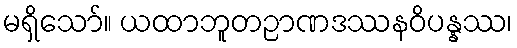
မရှိသော်။ ယထာဘူတဉာဏဒဿနဝိပန္နဿ၊